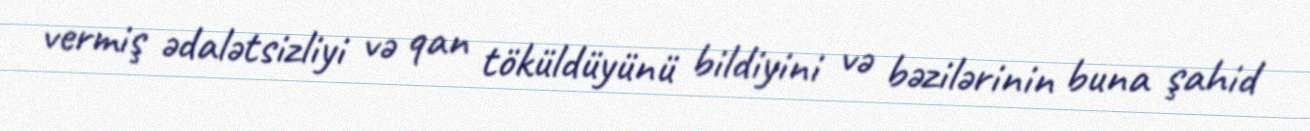
vermiş ədalətsizliyi və qan töküldüyünü bildiyini və bəzilərinin buna şahid